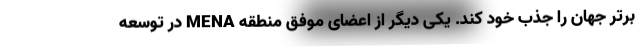
برتر جهان را جذب خود کند. یکی دیگر از اعضای موفق منطقه MENA در توسعه